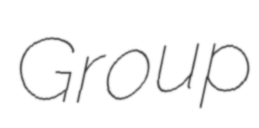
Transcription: Group